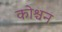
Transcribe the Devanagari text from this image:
कोश्चन